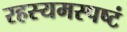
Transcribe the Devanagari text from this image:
रहस्यमस्पष्टं